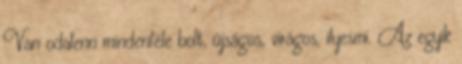
Van odalenn mindenféle bolt, újságos, virágos, ilyesmi. Az egyik